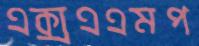
এক্সএএমপ